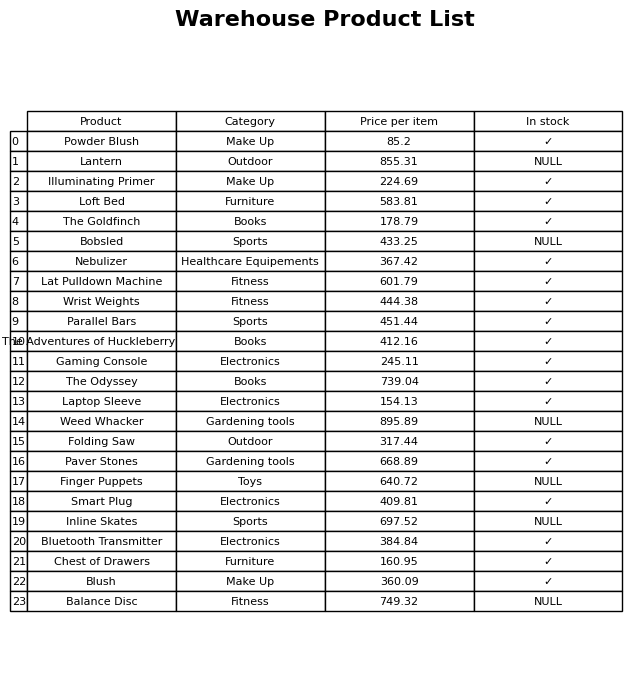
question: What is the price for Blush?
answer: The price of Blush is 360.09.